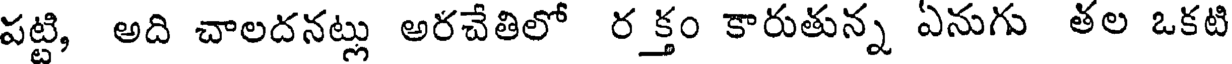
పట్టి, అది చాలదనట్లు అరచేతిలో ర క్తం కారుతున్న ఏనుగు తల ఒకటి